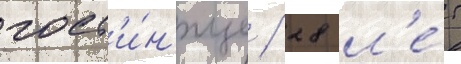
гост'и́н'ице / 28 л'е́т